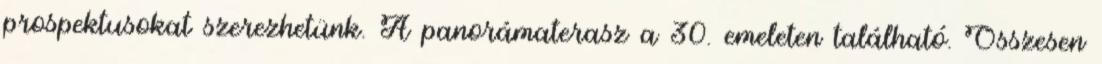
prospektusokat szerezhetünk. A panorámaterasz a 30. emeleten található. Összesen